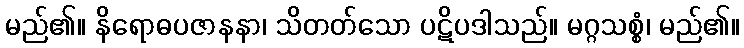
မည်၏။ နိရောဓပဇာနနာ၊ သိတတ်သော ပဋိပဒါသည်။ မဂ္ဂသစ္စံ၊ မည်၏။